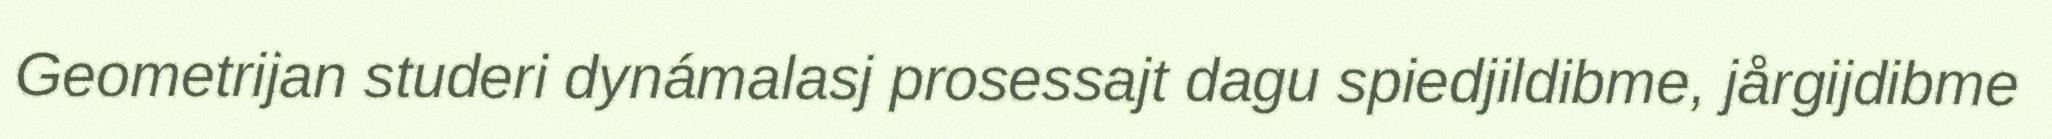
Geometrijan studeri dynámalasj prosessajt dagu spiedjildibme, jårgijdibme